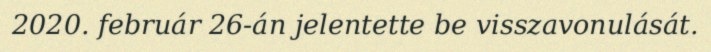
2020. február 26-án jelentette be visszavonulását.